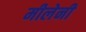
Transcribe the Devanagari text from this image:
मीलेनी